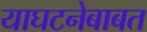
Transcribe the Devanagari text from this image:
याघटनेबाबत